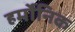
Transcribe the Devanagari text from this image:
हर्मोनिक